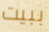
ببيت